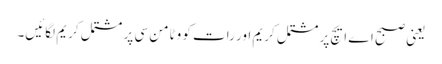
یعنی صبح اے ایچ پر مشتمل کریم اور رات کو وٹامن سی پر مشتمل کریم لگائیں۔